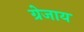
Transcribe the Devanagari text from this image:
ग्रेजाय